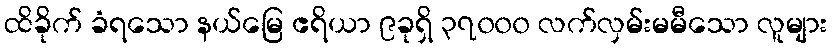
ထိခိုက် ခံရသော နယ်မြေ ဧရိယာ ၉ခုရှိ ၃၇၀၀၀ လက်လှမ်းမမီသော လူများ